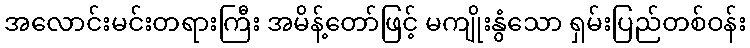
အလောင်းမင်းတရားကြီး အမိန့်တော်ဖြင့် မကျိုးနွံသော ရှမ်းပြည်တစ်ဝန်း